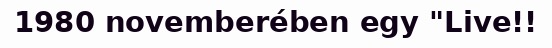
1980 novemberében egy "Live!!